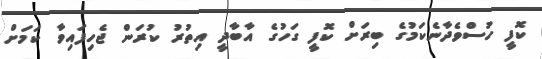
ކޮފީ ހުސްވެދާނެކަމުގެ ބިރަށް ކޮފީ ގަހުގެ އާބާދީ އިތުރު ކުރަން ޖެހިފައިވާ ކަމަށް